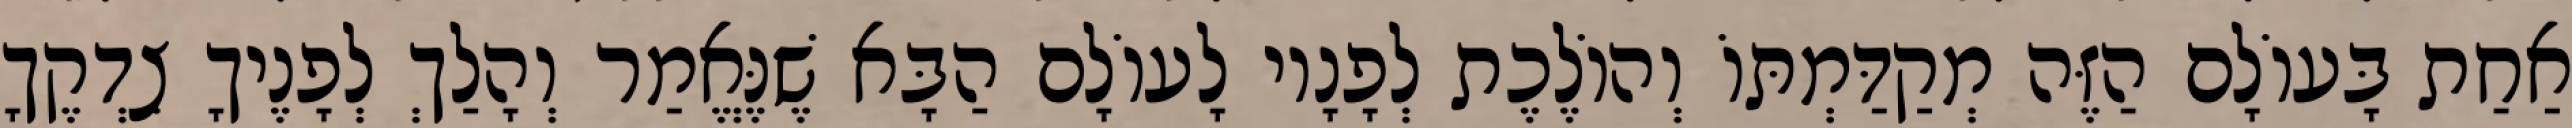
אַחַת בָּעוֹלָם הַזֶּה מְקַדַּמְתּוֹ וְהוֹלֶכֶת לְפָנָיו לָעוֹלָם הַבָּא שֶׁנֶּאֱמַר וְהָלַךְ לְפָנֶיךָ צִדְקֶךָ